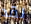
لقد